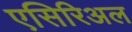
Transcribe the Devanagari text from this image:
एसिरिअल